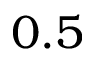
0 . 5